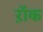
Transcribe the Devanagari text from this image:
ऱॉक